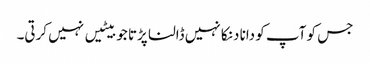
جس کو آپ کو دانا دنکا نہیں ڈالنا پڑتا جو بیٹیں نہیں کرتی۔